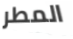
المطر